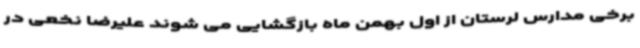
برخی مدارس لرستان از اول بهمن ماه بازگشایی می شوند علیرضا نخعی در